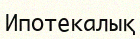
Ипотекалық